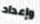
وإعداد